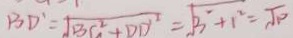
B D ^ { \prime } = \sqrt { B G ^ { 2 } + D D ^ { 2 } } = \sqrt { 3 ^ { 2 } + 1 ^ { 2 } } = \sqrt { 1 0 }